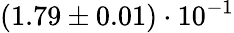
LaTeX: (1.79\pm 0.01)\cdot 10^{-1}